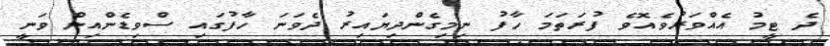
ދެ ޓީމު އެއްވަރުވެއޮވެ ފުރަތަމަ ހާފު ނިމިގެންދިޔައިރު ދެވަނަ ހާފުގައި ސްވިޑެންއިން ވަނީ